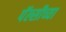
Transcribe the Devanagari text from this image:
पॅल्सीच्या